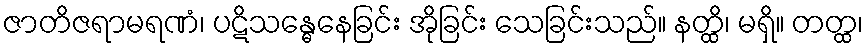
ဇာတိဇရာမရဏံ၊ ပဋိသန္ဓေနေခြင်း အိုခြင်း သေခြင်းသည်။ နတ္ထိ၊ မရှိ။ တတ္ထ၊